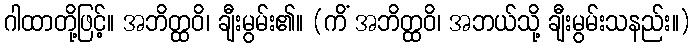
ဂါထာတို့ဖြင့်။ အဘိတ္ထဝိ၊ ချီးမွမ်း၏။ (ကိံ အဘိတ္ထဝိ၊ အဘယ်သို့ ချီးမွမ်းသနည်း။)